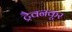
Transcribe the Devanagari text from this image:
ट्रैवनकूर